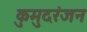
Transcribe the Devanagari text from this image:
कुमुदरंजन